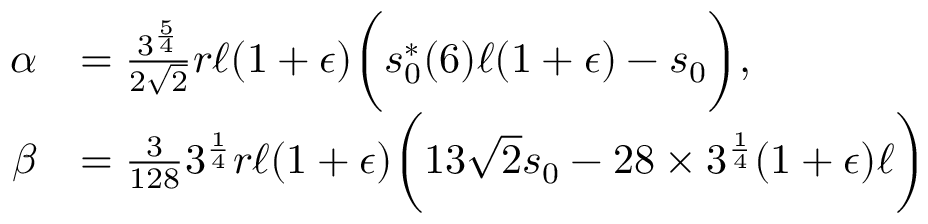
\begin{array} { r l } { \alpha } & { = \frac { 3 ^ { \frac { 5 } { 4 } } } { 2 \sqrt { 2 } } r \ell ( 1 + \epsilon ) \bigg ( s _ { 0 } ^ { * } ( 6 ) \ell ( 1 + \epsilon ) - s _ { 0 } \bigg ) , } \\ { \beta } & { = \frac { 3 } { 1 2 8 } 3 ^ { \frac { 1 } { 4 } } r \ell ( 1 + \epsilon ) \bigg ( 1 3 \sqrt { 2 } s _ { 0 } - 2 8 \times 3 ^ { \frac { 1 } { 4 } } ( 1 + \epsilon ) \ell \bigg ) } \end{array}